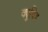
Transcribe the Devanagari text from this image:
क्युपिड